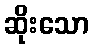
ဆိုးသော